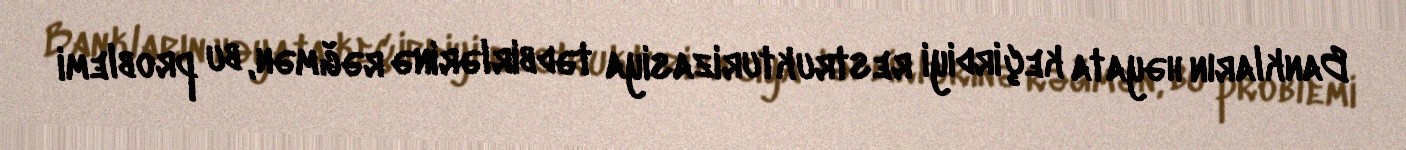
Bankların həyata keçirdiyi restrukturizasiya tədbirlərinə rəğmən, bu problemi